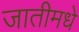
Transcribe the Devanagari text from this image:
जातीमधे